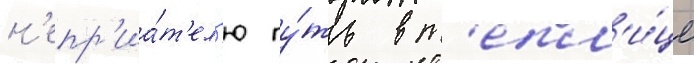
н'епр'иа́т'ел'ю пу́ть в т'епл'и́це